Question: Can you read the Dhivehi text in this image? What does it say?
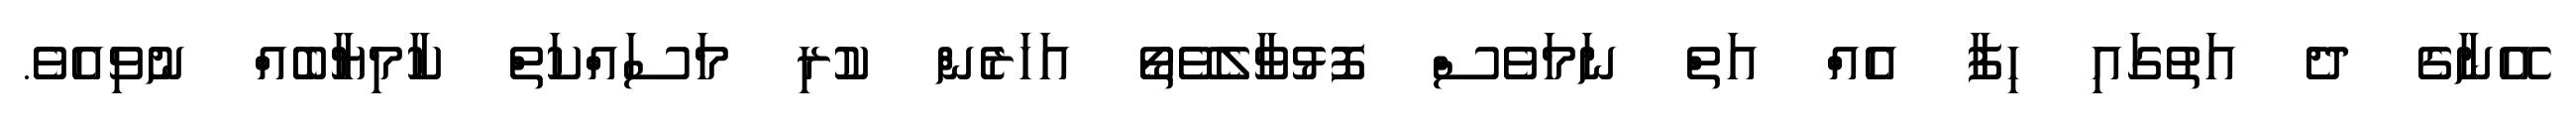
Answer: އޭނާގެ ދެ އަތުގައި ހިފާ އެއް އަތް ނަމަވެސް ފޮޅުވާލެވޭތޯ އަހަރެން ކުރި މަސައްކަތް ކާމިޔާބެއް ނުވިއެވެ.